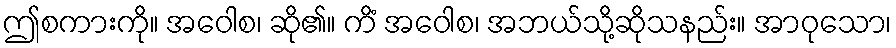
ဤစကားကို။ အဝေါစ၊ ဆို၏။ ကိံ အဝေါစ၊ အဘယ်သို့ဆိုသနည်း။ အာဝုသော၊